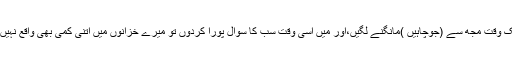
اگر تمہارے تمام اگلے اور پچھلے اور تمام انسان وجن،ایک میدان میں جمع ہوکربیک وقت مجھ سے (جوچاہیں )مانگنے لگیں،اور میں اسی وقت سب کا سوال پورا کردوں تو میرے خزانوں میں اتنی کمی بھی واقع نہیں ہوگی،جو سوئی کے سمندر میں ڈبوکر نکالنے سے ،اس سمندر میں واقع ہوتی ہے۔